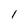
Character: l